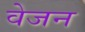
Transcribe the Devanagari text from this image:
वेजन